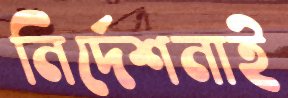
নির্দেশনাই